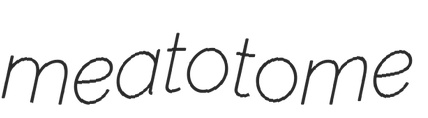
meatotome